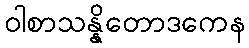
ဝါစာသန္နိတောဒကေန